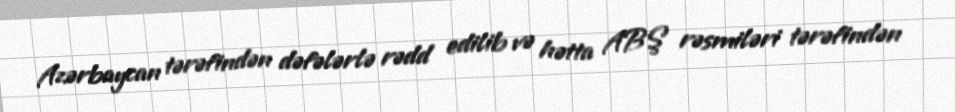
Azərbaycan tərəfindən dəfələrlə rədd edilib və hətta ABŞ rəsmiləri tərəfindən